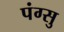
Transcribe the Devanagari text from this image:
पंग्सु